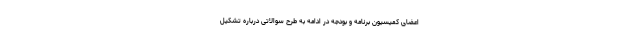
اعضای کمیسیون برنامه و بودجه در ادامه به طرح سوالاتی درباره تشکیل